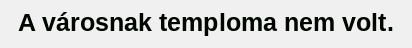
A városnak temploma nem volt.